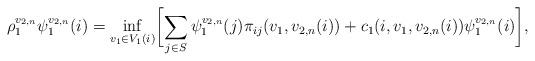
LaTeX: \begin{align*}\rho_{1}^{v_{2,n}}\psi_{1}^{v_{2,n}}(i)=\inf_{v_1\in V_1(i)}\biggl[\sum_{j\in S}\psi_{1}^{v_{2,n}}(j)\pi_{ij}(v_1,v_{2,n}(i))+c_1(i,v_1,v_{2,n}(i))\psi_{1}^{v_{2,n}}(i)\biggr],\end{align*}